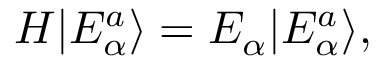
\begin{array} { r } { H | E _ { \alpha } ^ { a } \rangle = E _ { \alpha } | E _ { \alpha } ^ { a } \rangle , } \end{array}